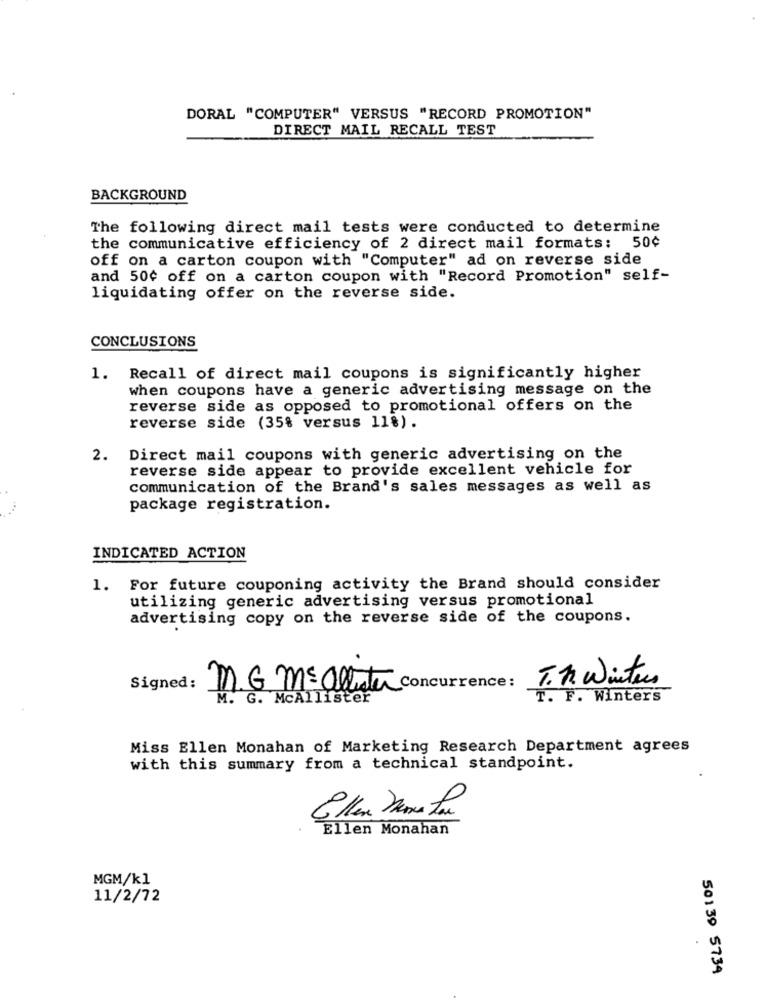
DORAL "COMPUTER" VERSUS "RECORD PROMOTION"
DIRECT MAIL RECALL TEST
BACKGROUND
The following direct mail tests were conducted to determine
the communicative efficiency of 2 direct mail formats: 50¢
off on a carton coupon with "Computer" ad on reverse side
and 50¢ off on a carton coupon with "Record Promotion" self-
liquidating offer on the reverse side.
CONCLUSIONS
1. Recall of direct mail coupons is significantly higher
when coupons have a generic advertising message on the
reverse side as opposed to promotional offers on the
reverse side (35% versus 11%) .
2. Direct mail coupons with generic advertising on the
reverse side appear to provide excellent vehicle for
communication of the Brand's sales messages as well as
package registration.
INDICATED ACTION
1. For future couponing activity the Brand should consider
utilizing generic advertising versus promotional
advertising copy on the reverse side of the coupons.
T. 1. Winter
Signed:
M.G. M=allstar Concurrence:
M. G. McAllister
T. F. Winters
Miss Ellen Monahan of Marketing Research Department agrees
with this summary from a technical standpoint.
Ellene Dans ton
Ellen Monahan
MGM/k1
11/2/72
50139 5734